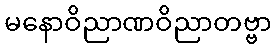
မနောဝိညာဏဝိညာတဗ္ဗာ